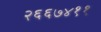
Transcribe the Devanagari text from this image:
२६६७४११